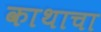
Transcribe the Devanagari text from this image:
काथाचा